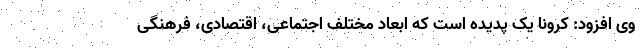
وی افزود: کرونا یک پدیده است که ابعاد مختلف اجتماعی، اقتصادی، فرهنگی